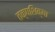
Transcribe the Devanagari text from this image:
तक्षशिक्षा